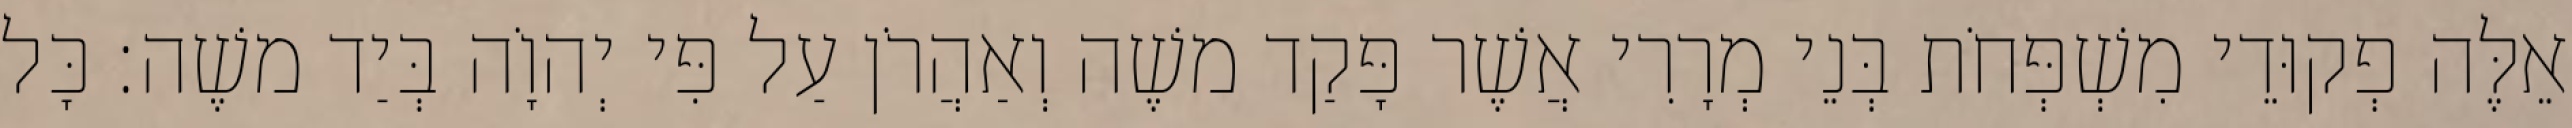
אֵלֶּה פְקוּדֵי מִשְׁפְּחֹת בְּנֵי מְרָרִי אֲשֶׁר פָּקַד משֶׁה וְאַהֲרֹן עַל פִּי יְהוָֹה בְּיַד משֶׁה׃ כָּל